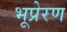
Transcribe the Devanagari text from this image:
भूप्रेरण